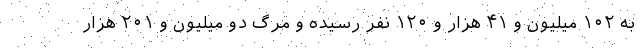
به ۱۰۲ میلیون و ۴۱ هزار و ۱۲۰ نفر رسیده و مرگ دو میلیون و ۲۰۱ هزار